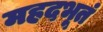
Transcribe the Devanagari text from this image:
महदभूतं